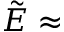
\tilde { E } \approx